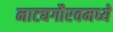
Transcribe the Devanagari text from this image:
नाट्यगौरवमध्ये